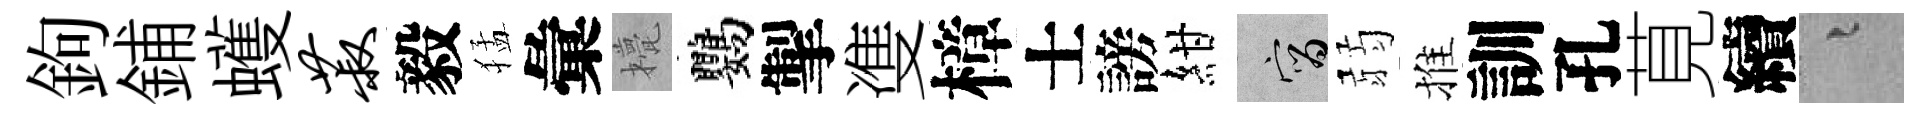
鉤鋪蠖菽毅猛彙甍鸚掣㕠樟士謗紺宵弱推訓孔莧續融